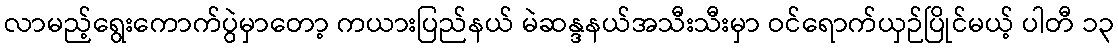
လာမည့်ရွေးကောက်ပွဲမှာတော့ ကယားပြည်နယ် မဲဆန္ဒနယ်အသီးသီးမှာ ဝင်ရောက်ယှဉ်ပြိုင်မယ့် ပါတီ ၁၃